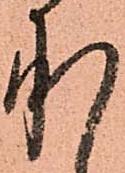
承